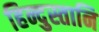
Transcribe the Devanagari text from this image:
हिन्दुस्तानि